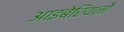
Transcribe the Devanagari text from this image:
आइबेरियनों